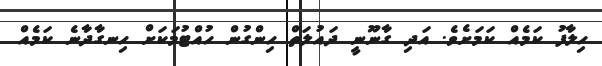
ހިލާފު ކަމެއް ކަމަށެވެ. އަދި ގާނޫނީ ދައުލަތް ހިންގުން ހުއްޓުމަކަށް ހިނގާދާނެ ކަމެއް